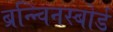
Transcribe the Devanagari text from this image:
ब्रन्न्विनस्बोर्ड